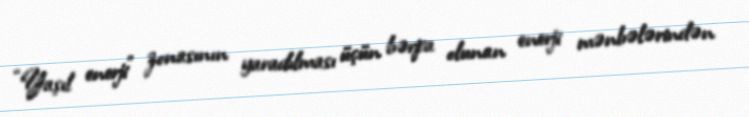
“Yaşıl enerji” zonasının yaradılması üçün bərpa olunan enerji mənbələrindən